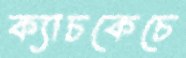
ক্যাচকেচে